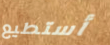
أستطيع